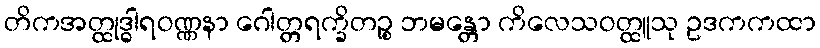
တိကအတ္ထုဒ္ဓါရဝဏ္ဏနာ ဂေါတ္တရက္ခိတဉ္စ ဘမန္တော ကိလေသဝတ္ထူသု ဥဒကကထာ